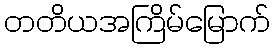
တတိယအကြိမ်မြောက်